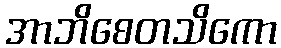
အာဘိစေတသိကော